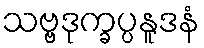
သဗ္ဗဒုက္ခပ္ပနူဒနံ